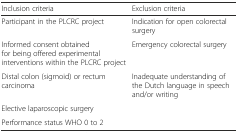
| Inclusion criteria | Exclusion criteria |
 | --- | --- |
 | Participant in the PLCRC project | Indication for open colorectal surgery |
 | Informed consent obtained for being offered experimental interventions within the PLCRC project | Emergency colorectal surgery |
 | Distal colon (sigmoid) or rectum carcinoma | Inadequate understanding of the Dutch language in speech and/or writing |
 | Elective laparoscopic surgery |  |
 | Performance status WHO 0 to 2 |  |